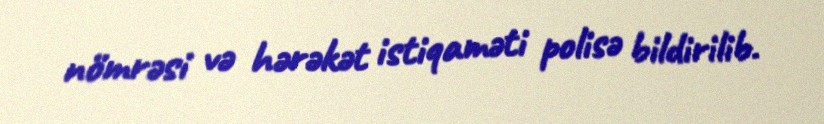
nömrəsi və hərəkət istiqaməti polisə bildirilib.